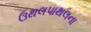
ઉથલપાથલના